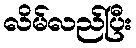
လိမ်လည်ပြီး